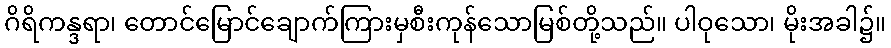
ဂိရိကန္ဒရာ၊ တောင်မြောင်ချောက်ကြားမှစီးကုန်သောမြစ်တို့သည်။ ပါဝုသော၊ မိုးအခါ၌။